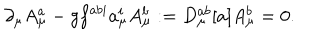
LaTeX: \partial _ { \mu } A _ { \mu } ^ { a } - g f ^ { a b i } a _ { \mu } ^ { i } A _ { \mu } ^ { b } : = D _ { \mu } ^ { a b } [ a ] A _ { \mu } ^ { b } = 0 .